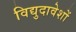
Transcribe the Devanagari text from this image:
विद्युदावेशों